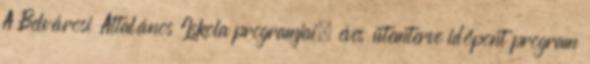
A Belvárosi Általános Iskola programjai, éves ütemterve időpont program